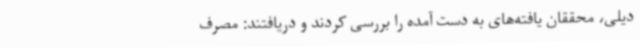
دیلی، محققان یافته‌های به دست آمده را بررسی کردند و دریافتند: مصرف